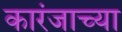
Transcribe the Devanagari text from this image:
कारंजाच्या